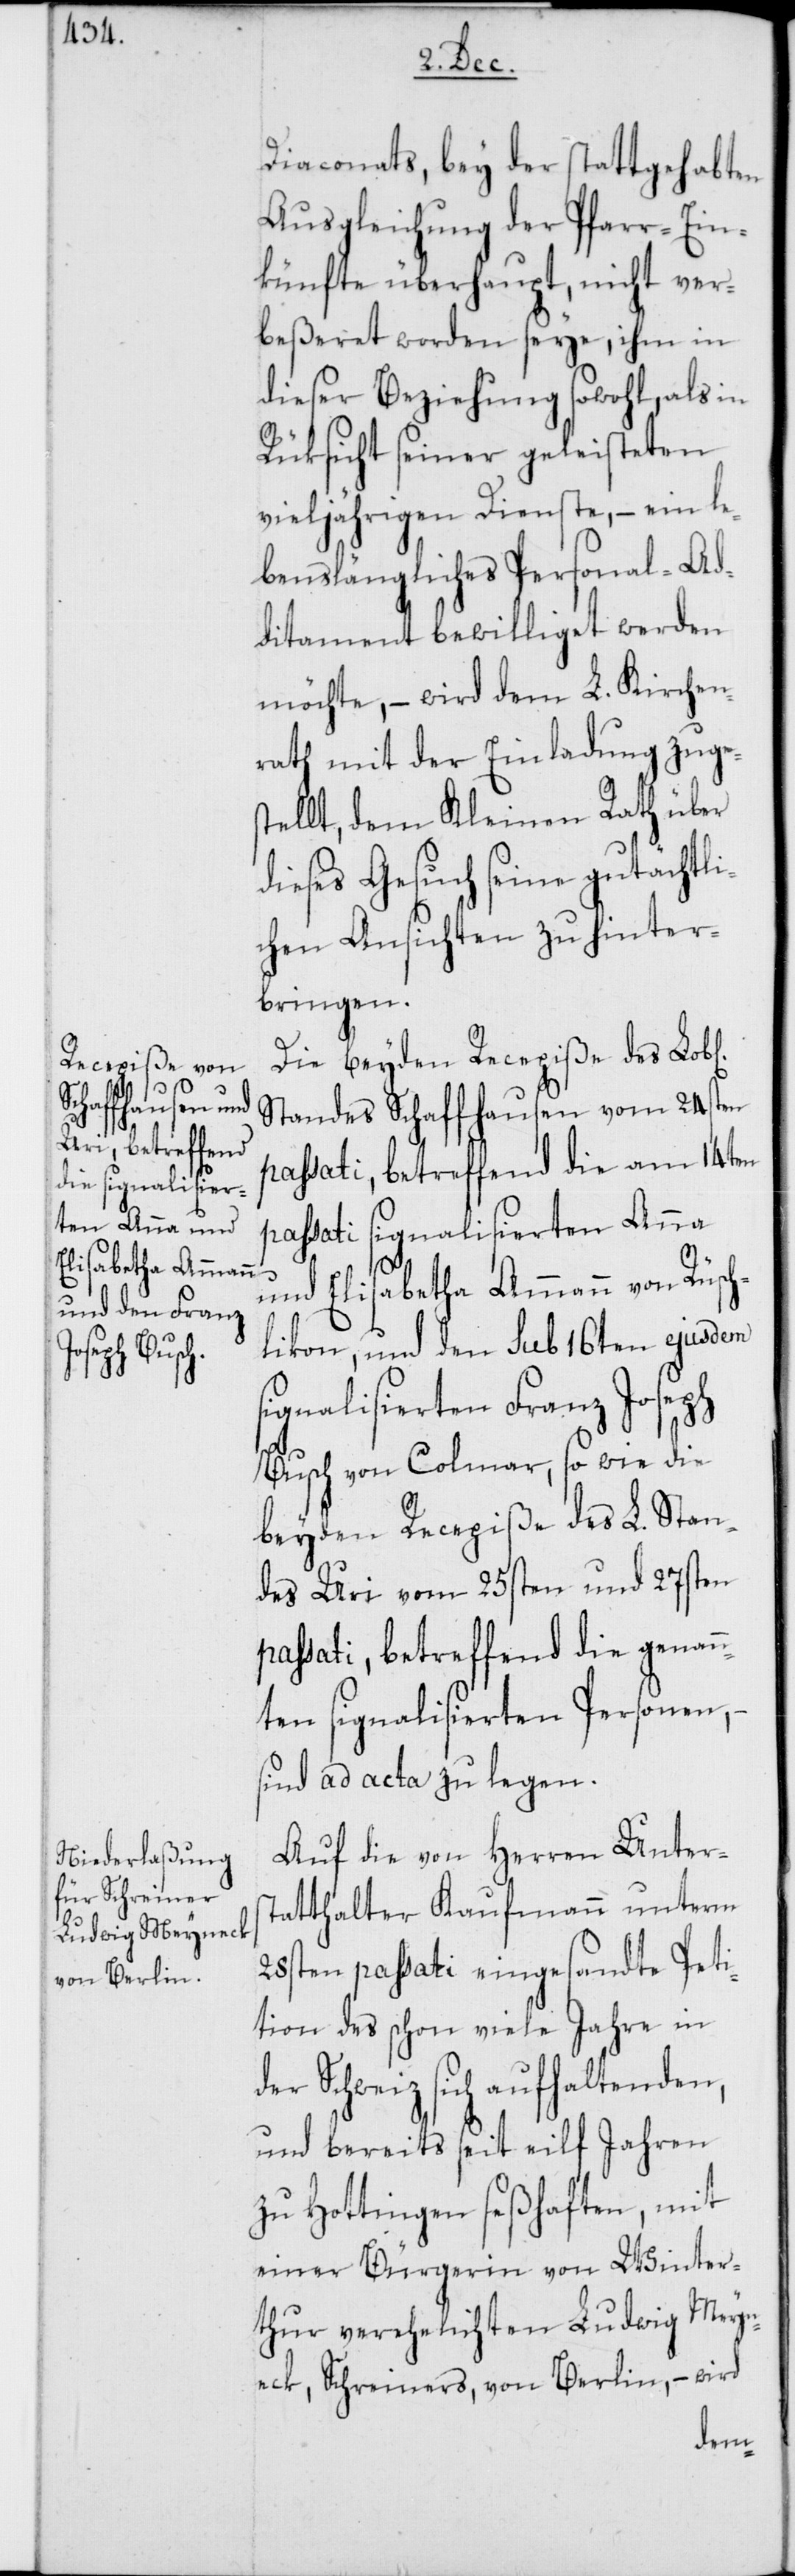
ichen]
Diaconats, bey der stattgehabten
Ausgleichung der Pfarr-Ein¬
künfte überhaupt, nicht ver¬
beßeret worden seye, ihm in
dieser Beziehung sowohl als in
Rüksicht seiner geleisteten
vieljährigen Dienste, – ein le¬
benslängliches Personal-Ad¬
ditament bewilliget werden
möchte, – wird dem L. Kirchen¬
rath mit der Einladung zuges¬
tellt, dem Kleinen Rath über
dieses Gesuch seine gutächtl¬
ichen Ansichten zu hinter¬
bringen.
Die beyden Recepiße des Lob[l¬
Standes Schaffhausen vom 24sten
passati, betreffend die am 14ten
passati signalisierten Anna
und Elisabetha Ammann von Rüsch¬
likon, und den sub 16ten ejusdem
signalisierten Franz Joseph
Busch von Colmar, so wie die
beyden Recepiße des L. Stan¬
des Uri vom 25sten und 27sten
passati, betreffend die genan¬
nten signalisierten Personen, –
sind ad acta zu legen.
Auf die von Herren Unters¬
tatthalter Kaufmann unterm
28sten passati eingesandte Peti¬
tion des schon viele Jahre in
der Schweiz sich aufhaltenden,
und bereits seit elf Jahren
zu Hottingen seßhaften, mit
einer Bürgerin von Winter¬
thur verehelichten Ludwig Meyn¬
eck, Schreiners, von Berlin, – wird